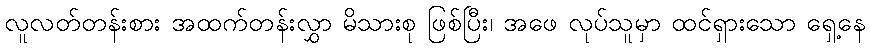
လူလတ်တန်းစား အထက်တန်းလွှာ မိသားစု ဖြစ်ပြီး၊ အဖေ လုပ်သူမှာ ထင်ရှားသော ရှေ့နေ